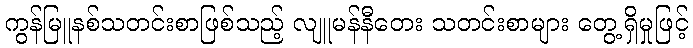
ကွန်မြူနစ်သတင်းစာဖြစ်သည့် လျူမန်နီတေး သတင်းစာများ တွေ့ရှိမှုဖြင့်